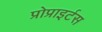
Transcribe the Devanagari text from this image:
प्रोप्राइर्टस